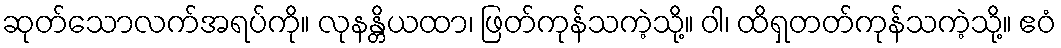
ဆုတ်သောလက်အရပ်ကို။ လုနန္တိယထာ၊ ဖြတ်ကုန်သကဲ့သို့။ ဝါ၊ ထိရှတတ်ကုန်သကဲ့သို့။ ဧဝံ